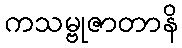
ကသမ္ဗုဇာတာနိ